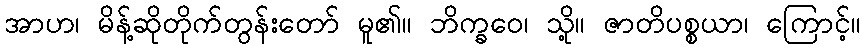
အာဟ၊ မိန့်ဆိုတိုက်တွန်းတော် မူ၏။ ဘိက္ခဝေ၊ သို့။ ဇာတိပစ္စယာ၊ ကြောင့်။